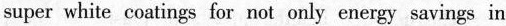
super white coatings for not only energy savings in